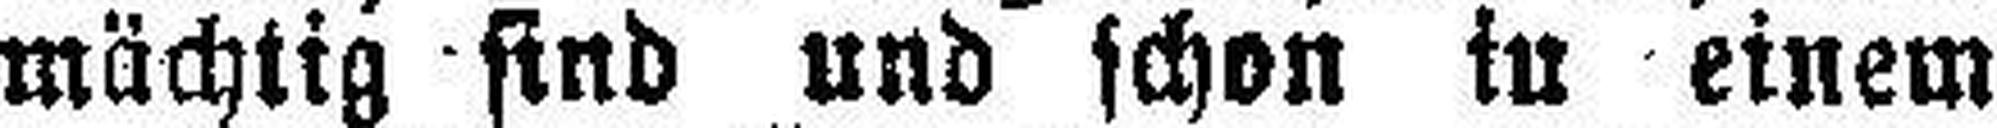
mächtig find und schon in einem